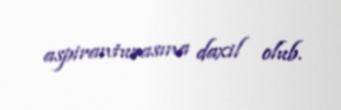
aspiranturasına daxil olub.